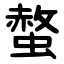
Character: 螫